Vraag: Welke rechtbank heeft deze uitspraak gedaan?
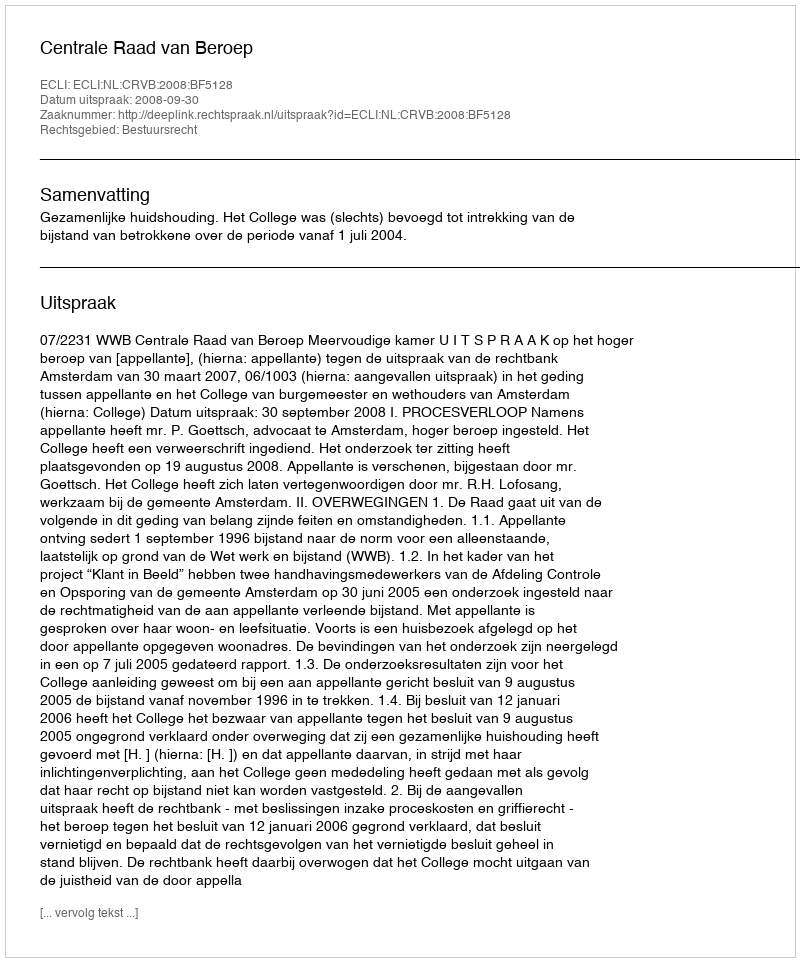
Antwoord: Centrale Raad van Beroep